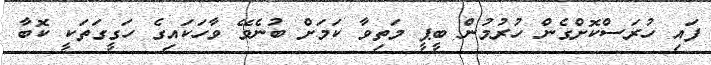
ފައި ހުރަސްކޮށްގެން ހުރުމުން ބީޕީ މަތިވާ ކަމަށް ބުނެވޭ ވާހަކައިގެ ހަގީގަތަކީ ކޮބާ